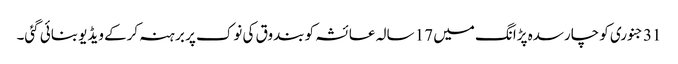
31 جنوری کو چارسدہ پڑانگ میں 17 سالہ عائشہ کو بندوق کی نوک پر برہنہ کرکے ویڈیو بنائی گئی۔